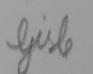
Signature authenticity: forged